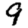
Digit: 9